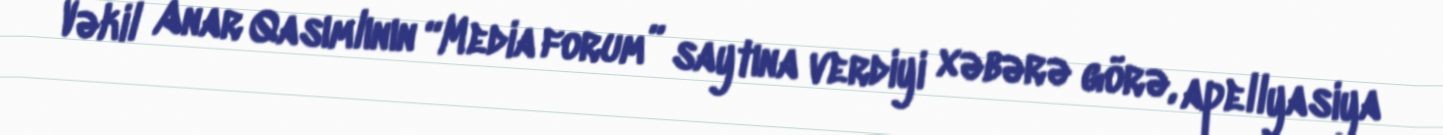
Vəkil Anar Qasımlının “Media forum” saytına verdiyi xəbərə görə, apellyasiya